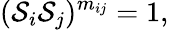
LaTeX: (\mathcal{S}_{i}\mathcal{S}_{j})^{m_{ij}}=1,